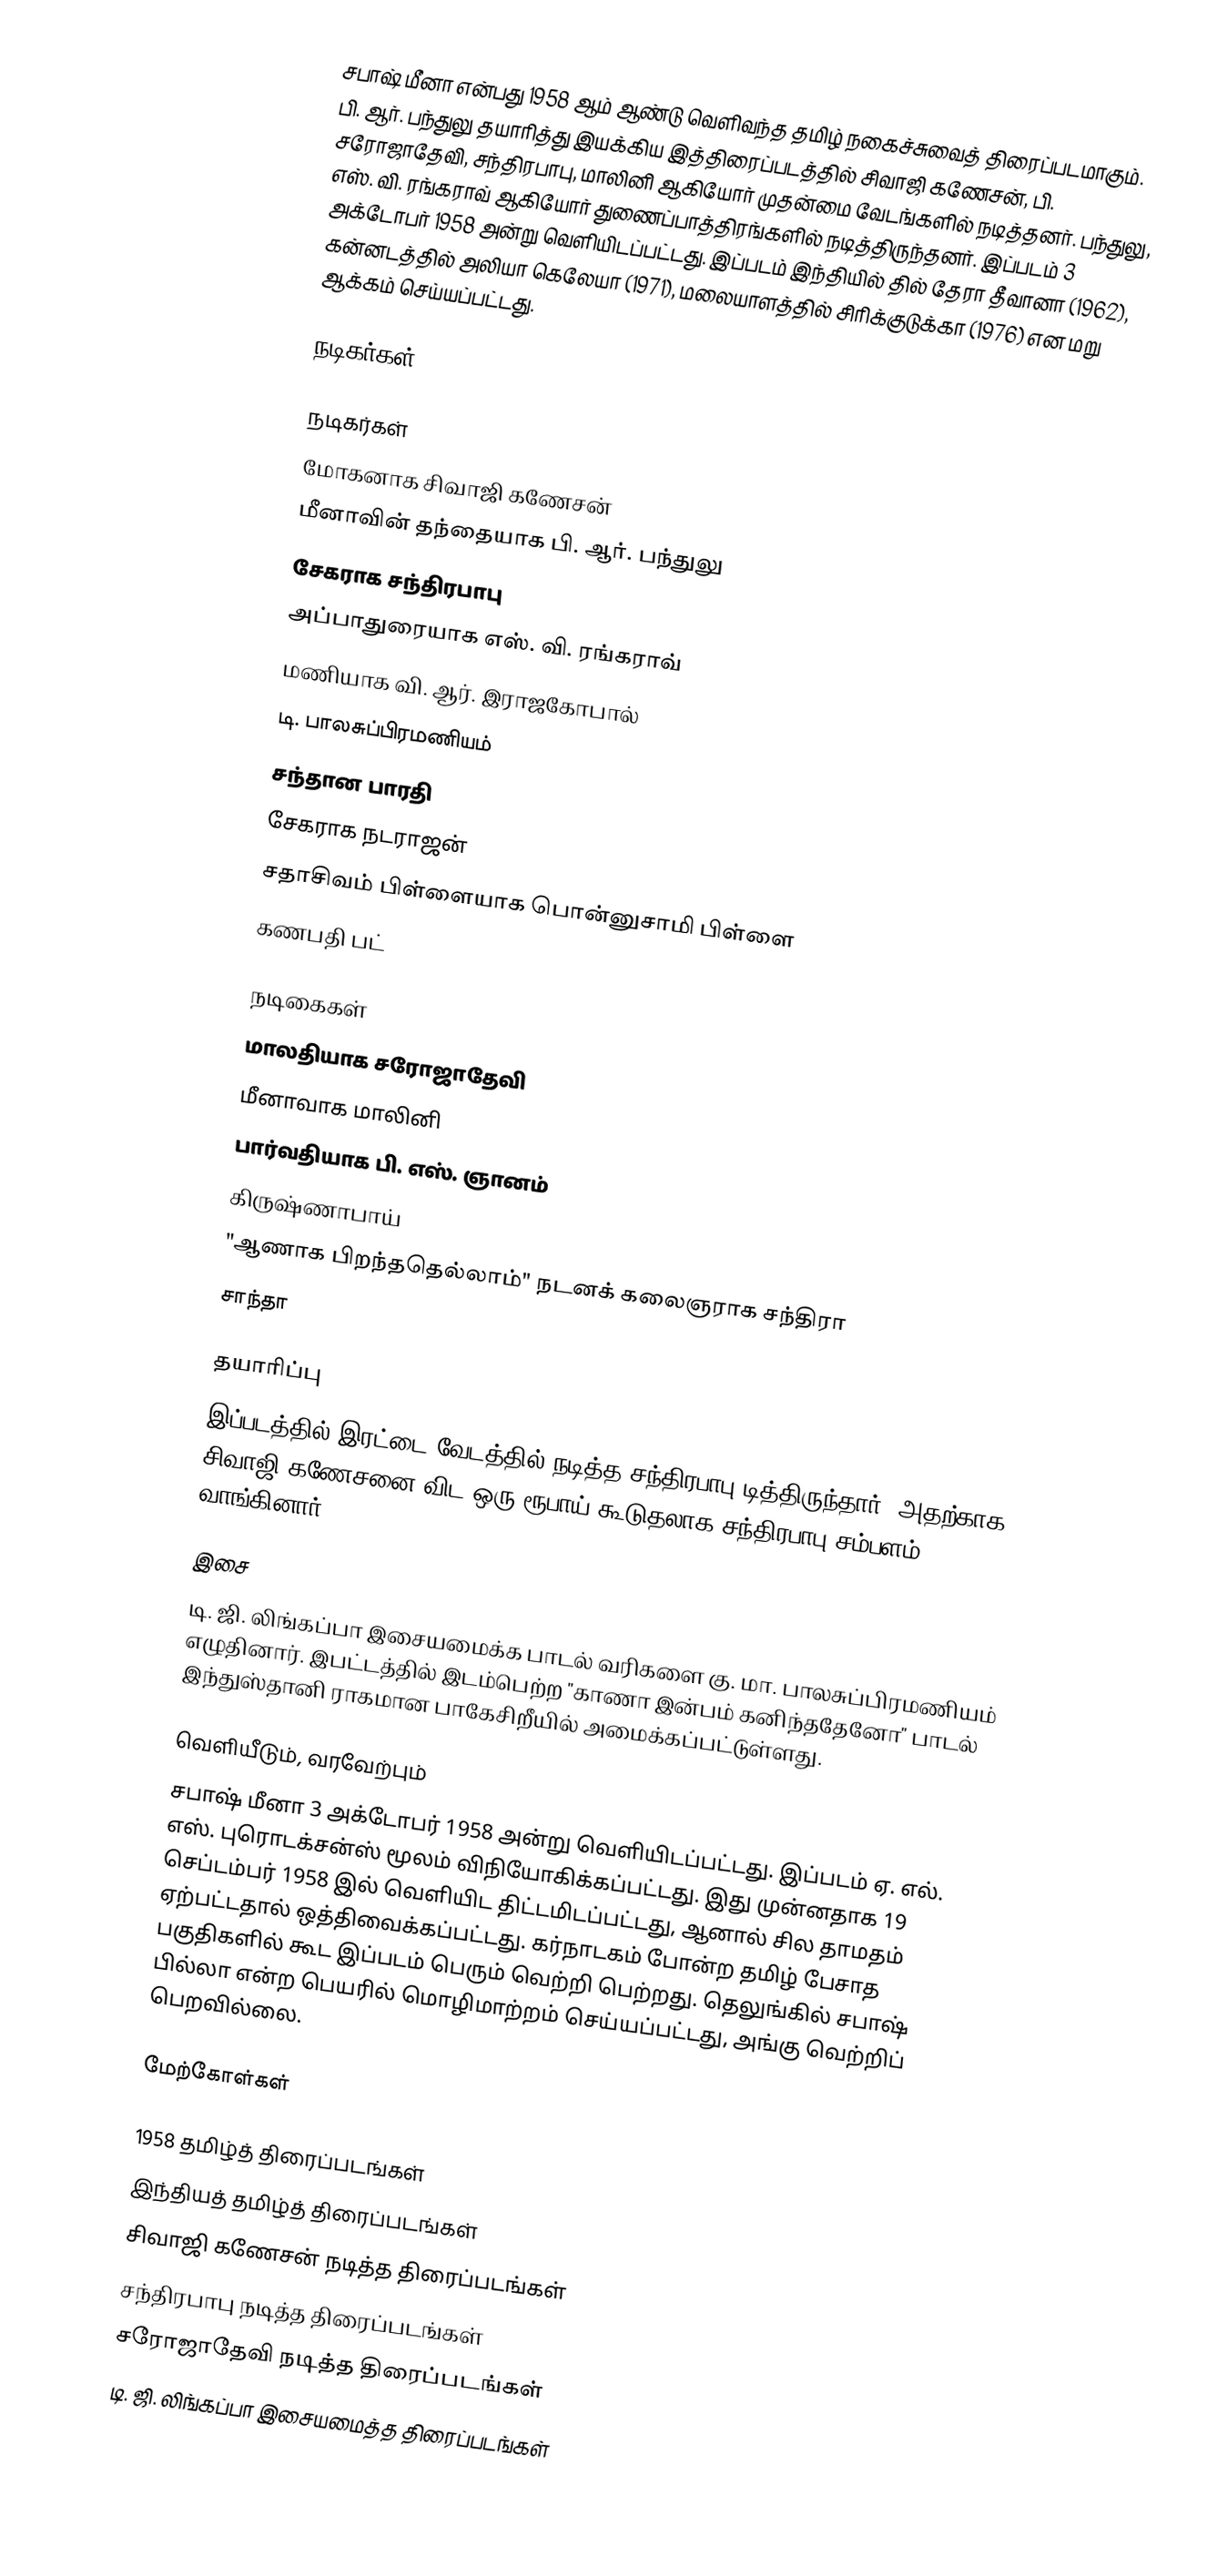
சபாஷ் மீனா என்பது 1958 ஆம் ஆண்டு வெளிவந்த தமிழ் நகைச்சுவைத் திரைப்படமாகும். பி. ஆர். பந்துலு தயாரித்து இயக்கிய இத்திரைப்படத்தில் சிவாஜி கணேசன், பி. சரோஜாதேவி, சந்திரபாபு, மாலினி ஆகியோர் முதன்மை வேடங்களில் நடித்தனர். பந்துலு, எஸ். வி. ரங்கராவ் ஆகியோர் துணைப்பாத்திரங்களில் நடித்திருந்தனர். இப்படம் 3 அக்டோபர் 1958 அன்று வெளியிடப்பட்டது. இப்படம் இந்தியில் தில் தேரா தீவானா (1962), கன்னடத்தில் அலியா கெலேயா (1971), மலையாளத்தில் சிரிக்குடுக்கா (1976) என மறு ஆக்கம் செய்யப்பட்டது.

நடிகர்கள்

நடிகர்கள்
 மோகனாக சிவாஜி கணேசன்
 மீனாவின் தந்தையாக பி. ஆர். பந்துலு
 சேகராக சந்திரபாபு
 அப்பாதுரையாக எஸ். வி. ரங்கராவ்
 மணியாக வி. ஆர். இராஜகோபால்
 டி. பாலசுப்பிரமணியம்
 சந்தான பாரதி
 சேகராக நடராஜன்
 சதாசிவம் பிள்ளையாக பொன்னுசாமி பிள்ளை
 கணபதி பட்

நடிகைகள்
 மாலதியாக சரோஜாதேவி
 மீனாவாக மாலினி
 பார்வதியாக பி. எஸ். ஞானம்
 கிருஷ்ணாபாய்
 "ஆணாக பிறந்ததெல்லாம்" நடனக் கலைஞராக சந்திரா
 சாந்தா

தயாரிப்பு
இப்படத்தில் இரட்டை வேடத்தில் நடித்த சந்திரபாபு டித்திருந்தார். அதற்காக சிவாஜி கணேசனை விட ஒரு ரூபாய் கூடுதலாக சந்திரபாபு சம்பளம் வாங்கினார்.

இசை
டி. ஜி. லிங்கப்பா இசையமைக்க பாடல் வரிகளை கு. மா. பாலசுப்பிரமணியம் எழுதினார். இபட்டத்தில் இடம்பெற்ற "காணா இன்பம் கனிந்ததேனோ" பாடல் இந்துஸ்தானி ராகமான பாகேசிறீயில் அமைக்கப்பட்டுள்ளது.

வெளியீடும், வரவேற்பும்
சபாஷ் மீனா 3 அக்டோபர் 1958 அன்று வெளியிடப்பட்டது. இப்படம் ஏ. எல். எஸ். புரொடக்சன்ஸ் மூலம் விநியோகிக்கப்பட்டது. இது முன்னதாக 19 செப்டம்பர் 1958 இல் வெளியிட திட்டமிடப்பட்டது, ஆனால் சில தாமதம் ஏற்பட்டதால் ஒத்திவைக்கப்பட்டது. கர்நாடகம் போன்ற தமிழ் பேசாத பகுதிகளில் கூட இப்படம் பெரும் வெற்றி பெற்றது. தெலுங்கில் சபாஷ் பில்லா என்ற பெயரில் மொழிமாற்றம் செய்யப்பட்டது, அங்கு வெற்றிப் பெறவில்லை.

மேற்கோள்கள்

1958 தமிழ்த் திரைப்படங்கள்
இந்தியத் தமிழ்த் திரைப்படங்கள்
சிவாஜி கணேசன் நடித்த திரைப்படங்கள்
சந்திரபாபு நடித்த திரைப்படங்கள்
சரோஜாதேவி நடித்த திரைப்படங்கள்
டி. ஜி. லிங்கப்பா இசையமைத்த திரைப்படங்கள்